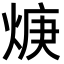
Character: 焿